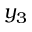
y _ { 3 }